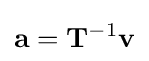
\mathbf {a} =\mathbf {T} ^{-1}\mathbf {v}